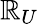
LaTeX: \mathbb{R}_{U}